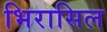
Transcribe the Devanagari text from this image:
भिरासिल